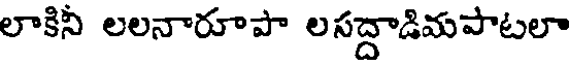
లాకినీ లలనారూపా లసద్దాడిమపాటలా